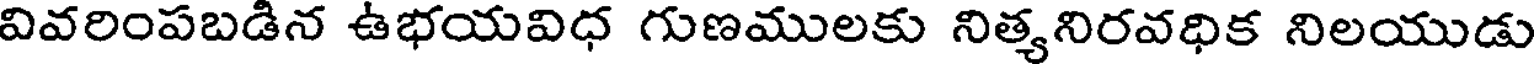
వివరింపబడిన ఉభయవిధ గుణములకు నిత్యనిరవధిక నిలయుడు